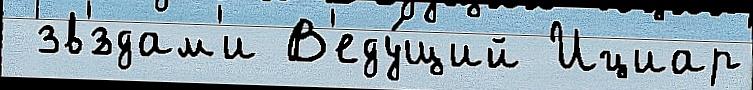
 зв'́здам'и В'еду́щий Ициар